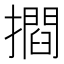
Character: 𭢶